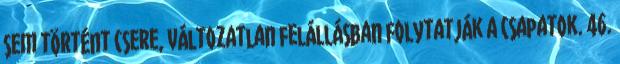
sem történt csere, változatlan felállásban folytatják a csapatok. 46.